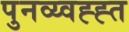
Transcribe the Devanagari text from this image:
पुनव्य्वह्ह्त